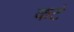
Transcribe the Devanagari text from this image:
कटं